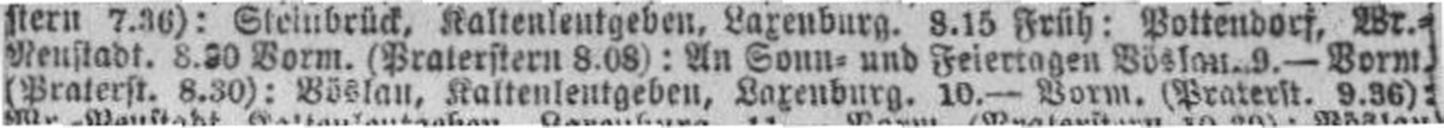
(Praterst. 8.30): Böslau, Kaltenleutgeben, Laxenburg. 10.— Vorm. (Praterst. 9.36):